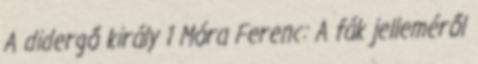
A didergő király 1 Móra Ferenc: A fák jelleméről